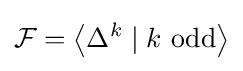
{\mathcal {F}}=\left\langle \Delta ^{k}\mid k{\text{ odd}}\right\rangle